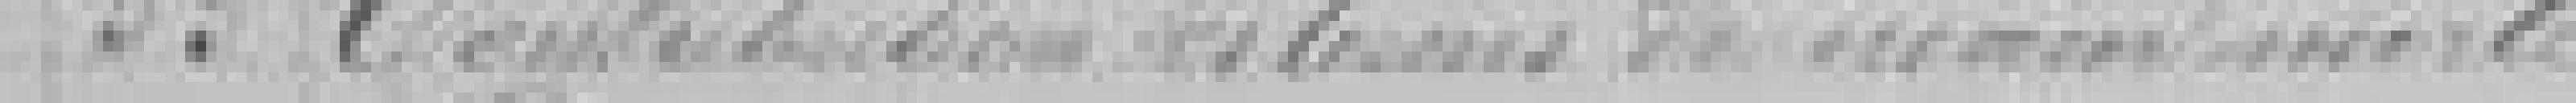
33. Contribution des biens de recouvrement